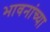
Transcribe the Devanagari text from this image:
भावनांच्या